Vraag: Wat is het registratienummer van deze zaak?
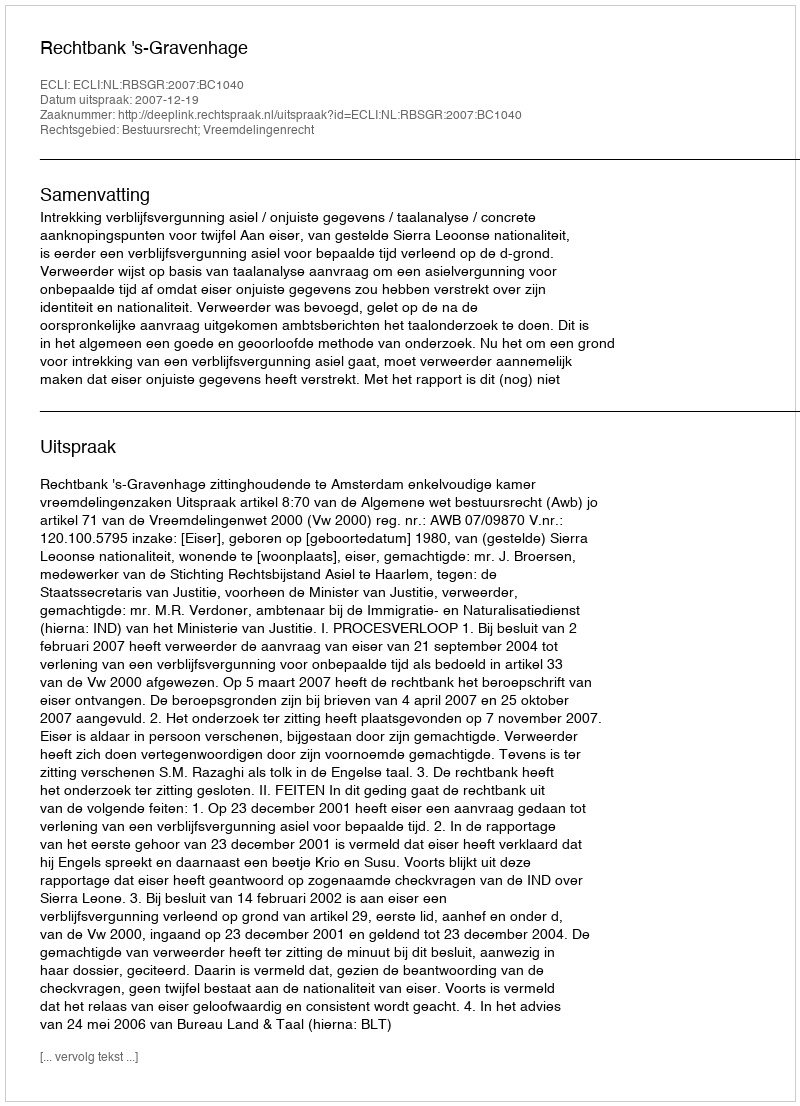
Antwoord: http://deeplink.rechtspraak.nl/uitspraak?id=ECLI:NL:RBSGR:2007:BC1040